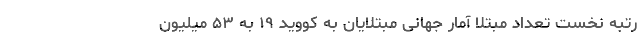
رتبه نخست تعداد مبتلا آمار جهانیِ مبتلایان به کووید ۱۹ به ۵۳ میلیون